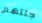
جثثهم